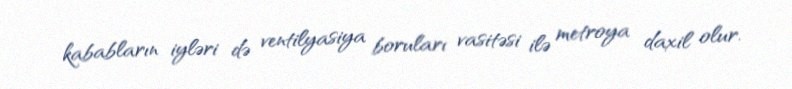
kababların iyləri də ventilyasiya boruları vasitəsi ilə metroya daxil olur.